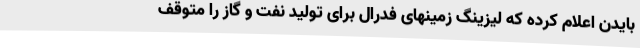
بایدن اعلام کرده که لیزینگ زمینهای فدرال برای تولید نفت و گاز را متوقف